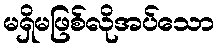
မရှိမဖြစ်လိုအပ်သော